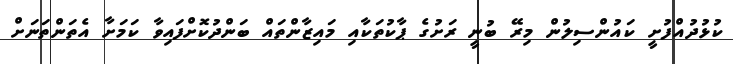
ކުޅުދުއްފުށީ ކައުންސިލުން މިރޭ ބުނީ ރަަށުގެ ޕާކުތަކާއި މައިޒާންތައް ބަންދުކޮށްފައިވާ ކަމަށާ އެތަންތަނަށް